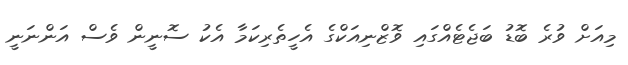
މިއަށް ވުރެ ބޮޑު ބަޖެޓެއްގައި ވޮޒްނިއަކްގެ އެހީތެރިކަމާ އެކު ސޮނީން ވެސް އަންނަނީ